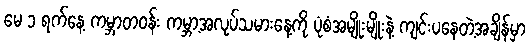
မေ ၁ ရက်နေ့ ကမ္ဘာတဝန်း ကမ္ဘာ့အလုပ်သမားနေ့ကို ပုံစံအမျိုးမျိုးနဲ့ ကျင်းပနေတဲ့အချိန်မှာ